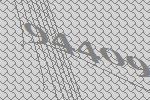
94409